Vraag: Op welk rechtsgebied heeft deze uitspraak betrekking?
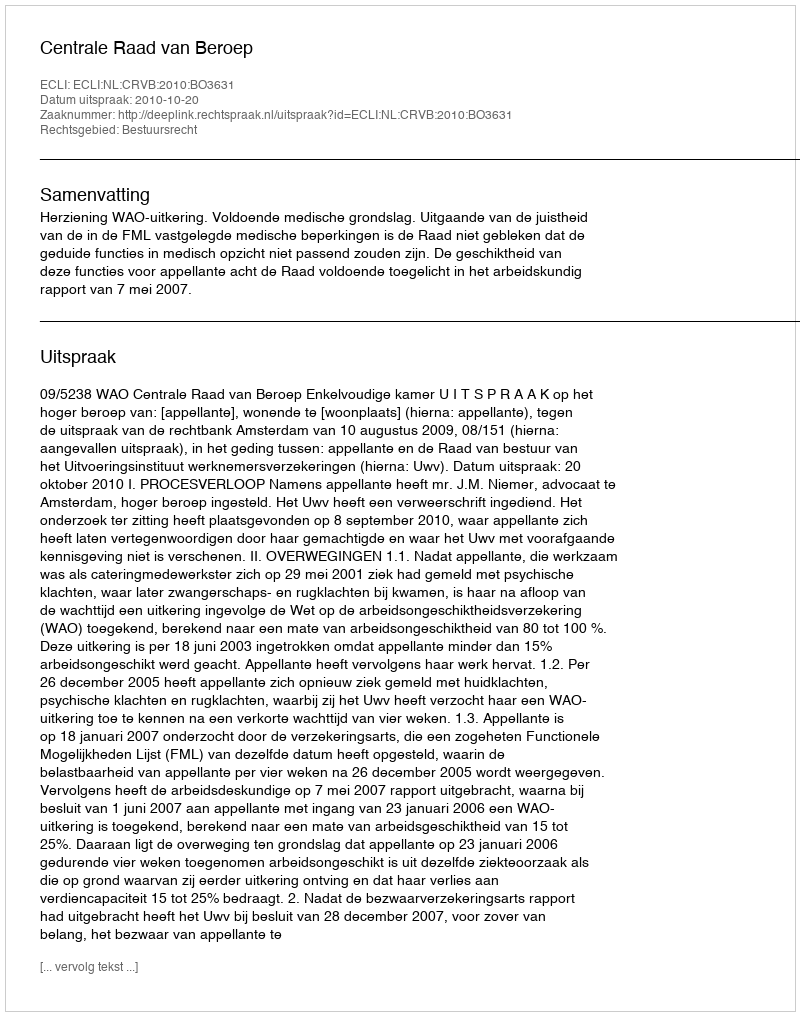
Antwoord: Bestuursrecht